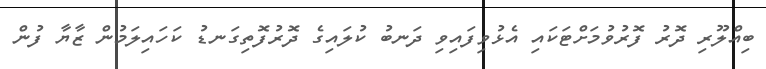
ބިއްލޫރި ދޮރު ފޮރުވުމަށްޓަކައި އެޅުވިފައިވި ދަނބު ކުލައިގެ ދޮރުފޮތިގަނޑު ކަހައިލަމުން ޒާޔާ ފުން